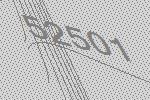
52501